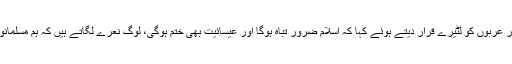
مسلمان حکمرانوں اور عربوں کو لٹیرے قرار دیتے ہوئے کہا کہ اسلام ضرور تباہ ہوگا اور عیسائیت بھی ختم ہوگی، لوگ نعرے لگاتے ہیں کہ ہم مسلمانوں کو ختم کریں گے۔